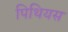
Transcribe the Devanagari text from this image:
पिथियस